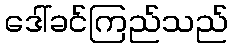
ဒေါ်ခင်ကြည်သည်